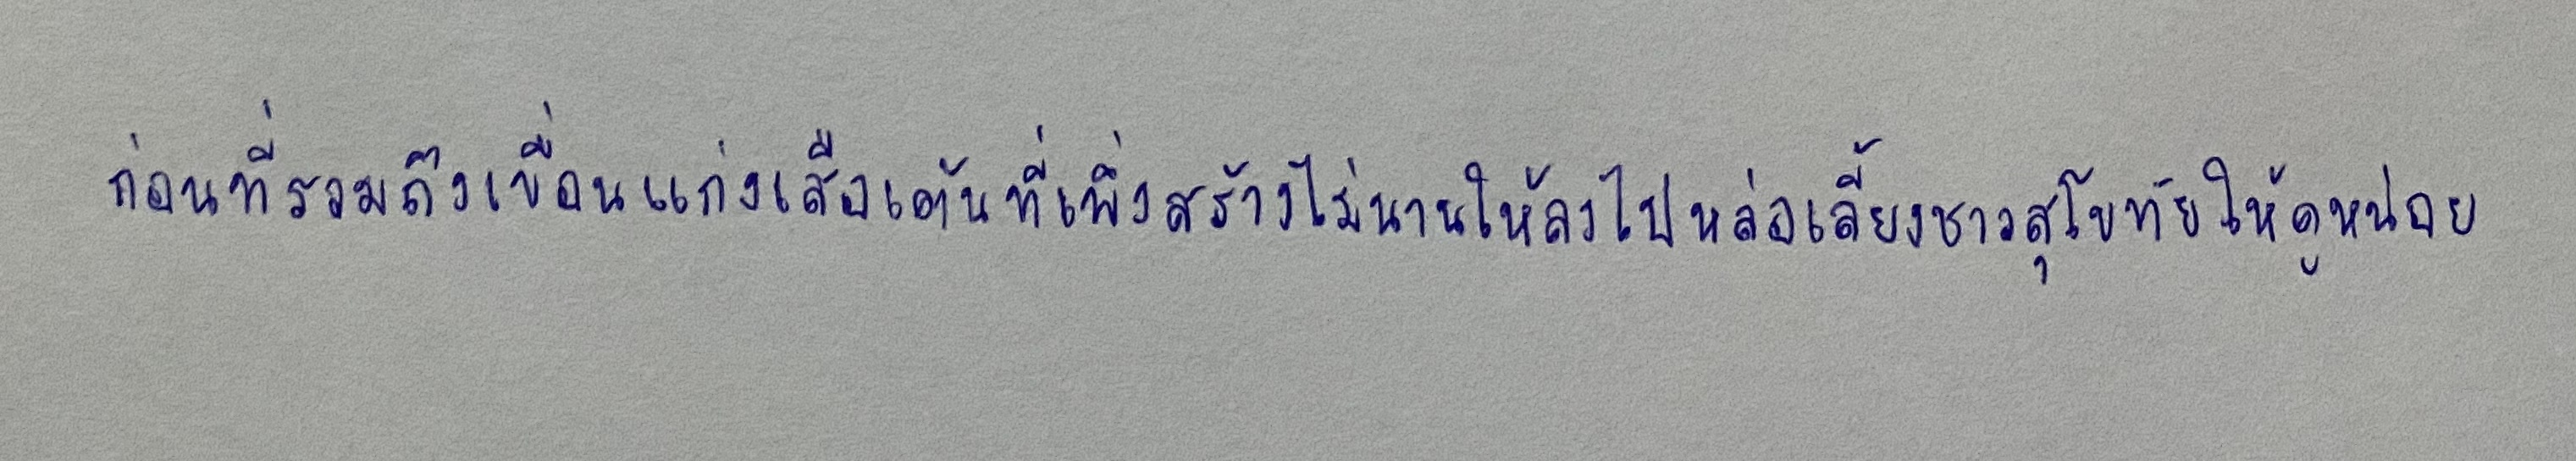
ก่อนที่รวมถึงเขื่อนแก่งเสือเต้นที่เพิ่งสร้างไม่นานให้ลงไปหล่อเลี้ยงชาวสุโขทัยให้ดูหน่อย